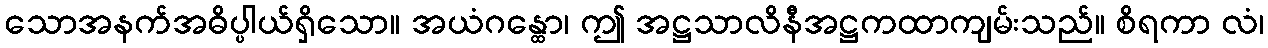
သောအနက်အဓိပ္ပါယ်ရှိသော။ အယံဂန္ထော၊ ဤ အဋ္ဌသာလိနီအဋ္ဌကထာကျမ်းသည်။ စိရကာ လံ၊